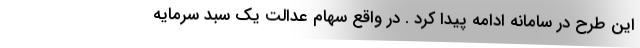
این طرح در سامانه ادامه پیدا کرد . در واقع سهام عدالت یک سبد سرمایه